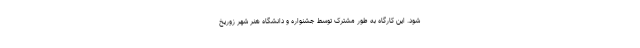
شود. این کارگاه به طور مشترک توسط جشنواره و دانشگاه هنر شهر زوریخ